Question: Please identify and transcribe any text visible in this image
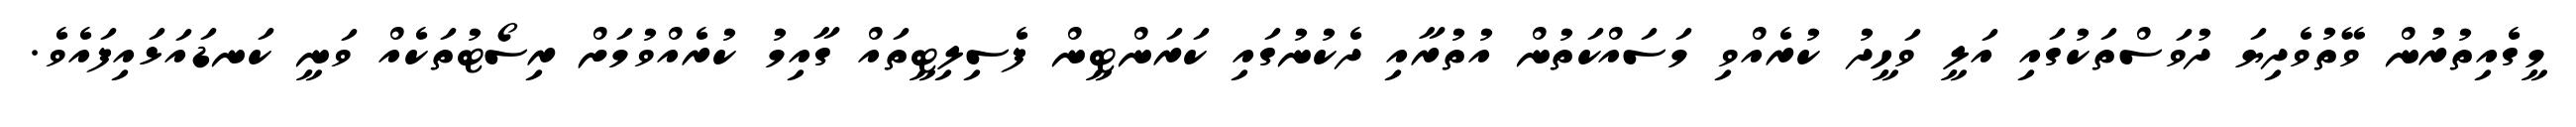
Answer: މީގެއިތުރުން ވޭތުވެދިޔަ ދުވަސްތަކުގައި އަލީ ވަހީދު ކުރެއްވި މަސައްކަތުން އުތުރާއި ދެކުނުގައި ކަރަންޓީން ފެސިލިޓީތައް ގާއިމު ކުރެއްވުމަށް ރިސޯޓުތަކެއް ވަނީ ކަނޑައަޅައިފައެވެ.